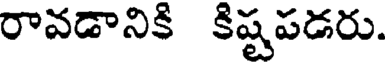
రావడానికి కిష్టపడరు.